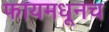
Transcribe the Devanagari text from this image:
फायमधूनच